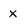
Character: x